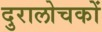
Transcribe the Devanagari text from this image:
दुरालोचकों